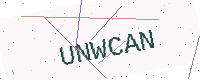
Text: UNWCAN